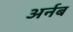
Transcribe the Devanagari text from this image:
अर्नब